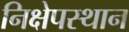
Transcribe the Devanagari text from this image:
निक्षेपस्थान